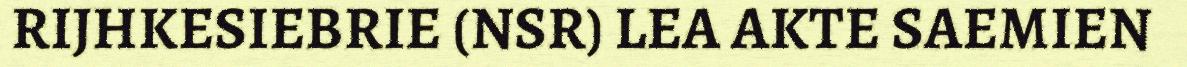
RIJHKESIEBRIE (NSR) LEA AKTE SAEMIEN